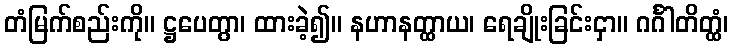
တံမြက်စည်းကို။ ဋ္ဌပေတွာ၊ ထားခဲ့၍။ နဟာနတ္ထာယ၊ ရေချိုးခြင်းငှာ။ ဂင်္ဂါတိတ္ထံ၊